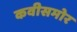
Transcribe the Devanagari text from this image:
कवीसमोर